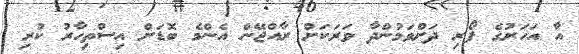
އާ އަހަރުގެ ފޯރި ދަށްވަމުންދާ ވަރަކަށް ރާއްޖޭން އެންމެ ބޮޑަށް އިސްތިހާރު ކުރި